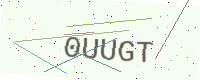
Text: 0UUGT